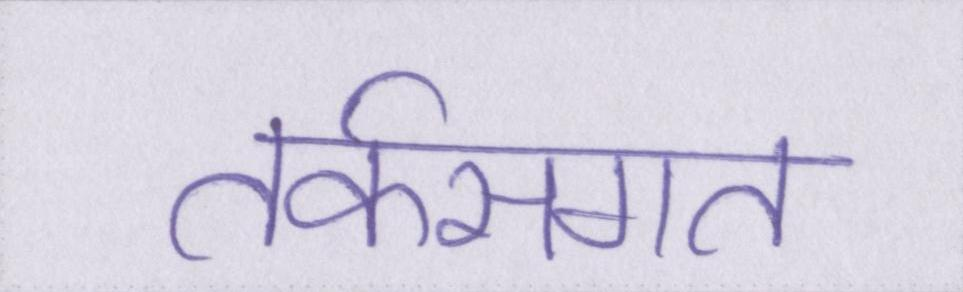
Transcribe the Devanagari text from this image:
तर्कसंगत